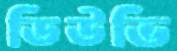
ডিউভি